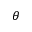
\theta